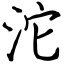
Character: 沱